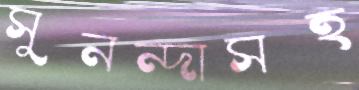
সুনন্দাসহ